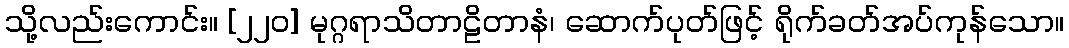
သို့လည်းကောင်း။ [၂၂၀] မုဂ္ဂရာသိတာဠိတာနံ၊ ဆောက်ပုတ်ဖြင့် ရိုက်ခတ်အပ်ကုန်သော။